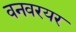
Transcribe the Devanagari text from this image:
वनवरयर